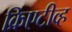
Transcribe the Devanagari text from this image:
क्रिएटीव्ह